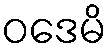
ဝဒေမိ